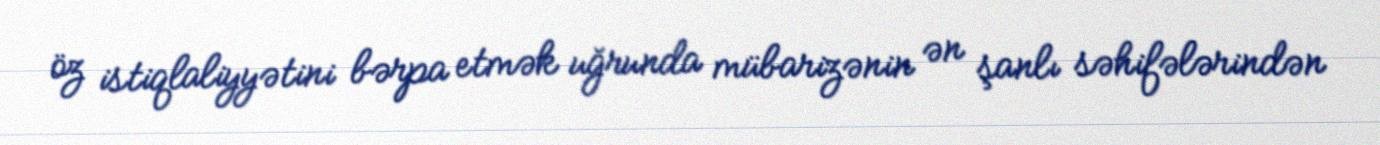
öz istiqlaliyyətini bərpa etmək uğrunda mübarizənin ən şanlı səhifələrindən